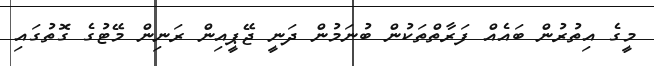
މީގެ އިތުރުން ބައެއް ފަރާތްތަކުން ބުނަމުން ދަނީ ޖޭޕީއިން ރަނިން މޭޓުގެ ގޮތުގައި